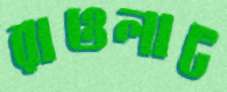
রাওলাট